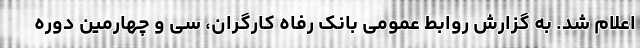
اعلام شد. به گزارش روابط عمومی بانک رفاه کارگران، سی و چهارمین دوره